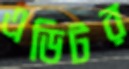
এডিটর